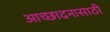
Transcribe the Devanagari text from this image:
आच्छादनासाठी